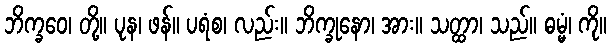
ဘိက္ခဝေ၊ တို့။ ပုန၊ ဖန်။ ပရံစ၊ လည်း။ ဘိက္ခုနော၊ အား။ သတ္ထာ၊ သည်။ ဓမ္မံ၊ ကို။